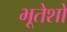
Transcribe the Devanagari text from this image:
भूतेशो